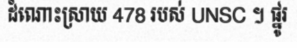
ដំណោះស្រាយ 478 របស់ UNSC ។ ផ្នូរ